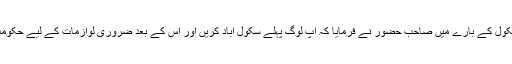
اس طرح شنگوئی سکول کے بارے میں صاحب حضور نے فرمایا کہ آپ لوگ پہلے سکول آباد کریں اور اس کے بعد ضروری لوازمات کے لیے حکومت سے رابطہ کریں۔